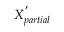
X _ { p a r t i a l } ^ { ' }